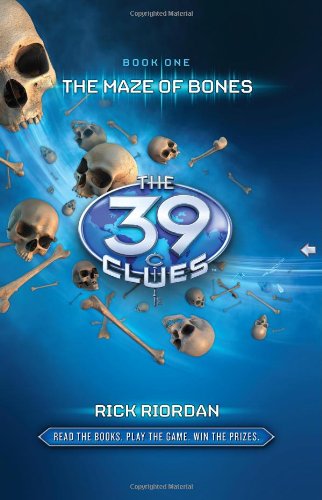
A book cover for The Maze of Bones (39 Clues, No. 1); Rick Riordan; Children's Books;